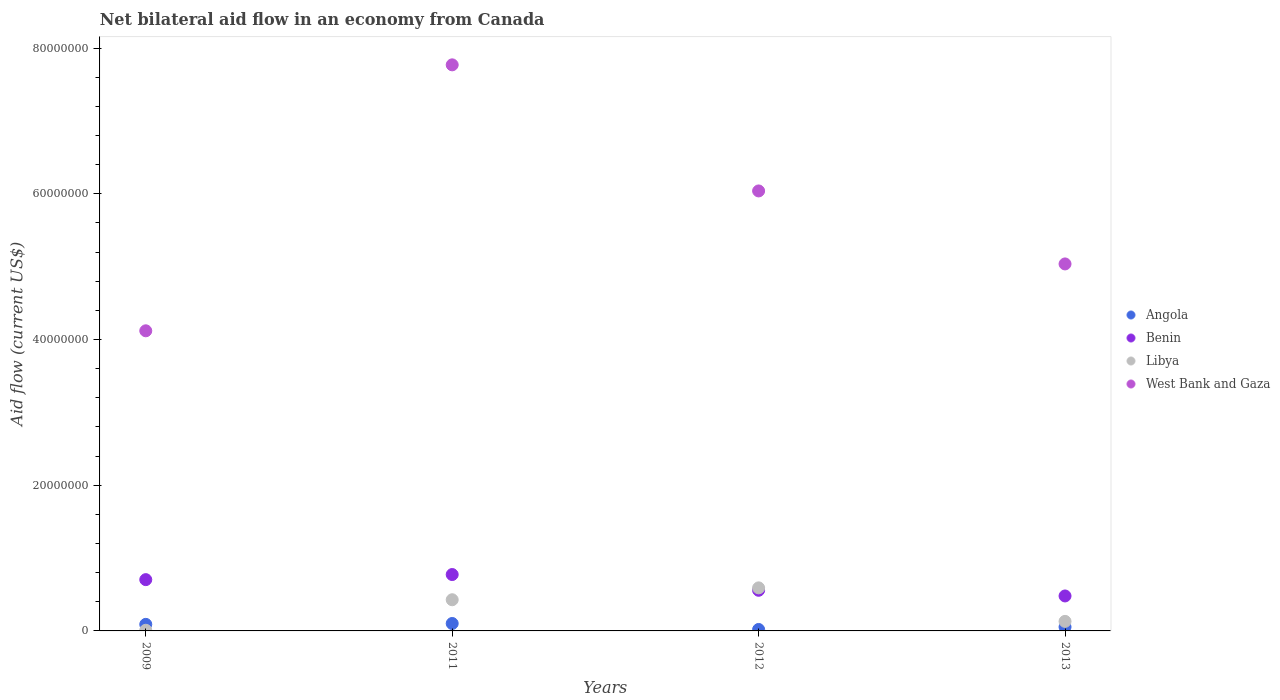
| Years | Angola | Benin | Libya | West Bank and Gaza |
 | --- | --- | --- | --- | --- |
 | 2009 | 9e+05 | 7.04e+06 | 9e+04 | 4.12e+07 |
 | 2011 | 1.02e+06 | 7.74e+06 | 4.28e+06 | 7.77e+07 |
 | 2012 | 2e+05 | 5.58e+06 | 5.91e+06 | 6.04e+07 |
 | 2013 | 5.4e+05 | 4.8e+06 | 1.31e+06 | 5.04e+07 |